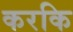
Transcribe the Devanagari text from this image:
करकि